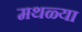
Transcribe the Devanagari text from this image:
मथळ्या